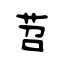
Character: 苕